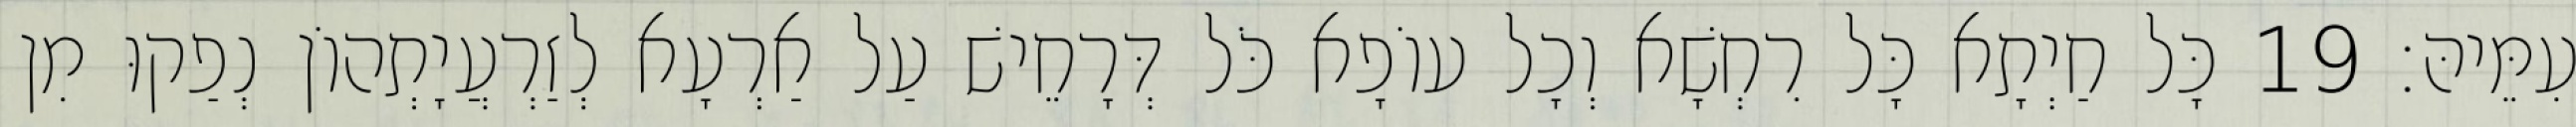
עִמֵּיהּ׃ 19 כָּל חַיְתָא כָּל רִחְשָׁא וְכָל עוֹפָא כֹּל דְּרָחֵישׁ עַל אַרְעָא לְזַרְעֲיָתְהוֹן נְפַקוּ מִן